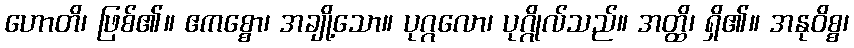
ဟောတိ၊ ဖြစ်၏။ ဧကစ္စော၊ အချို့သော။ ပုဂ္ဂလော၊ ပုဂ္ဂိုလ်သည်။ အတ္ထိ၊ ရှိ၏။ အနုဝိစ္စ၊